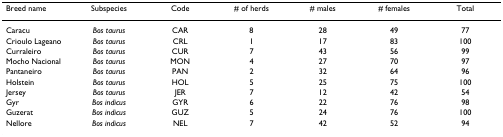
<table><thead><tr><td><b>Breed name</b></td><td><b>Subspecies</b></td><td><b>Code</b></td><td><b># of herds</b></td><td><b># males</b></td><td><b># females</b></td><td><b>Total</b></td></tr></thead><tbody><tr><td>Caracu</td><td><i>Bos taurus</i></td><td>CAR</td><td>8</td><td>28</td><td>49</td><td>77</td></tr><tr><td>Crioulo Lageano</td><td><i>Bos taurus</i></td><td>CRL</td><td>1</td><td>17</td><td>83</td><td>100</td></tr><tr><td>Curraleiro</td><td><i>Bos taurus</i></td><td>CUR</td><td>7</td><td>43</td><td>56</td><td>99</td></tr><tr><td>Mocho Nacional</td><td><i>Bos taurus</i></td><td>MON</td><td>4</td><td>27</td><td>70</td><td>97</td></tr><tr><td>Pantaneiro</td><td><i>Bos taurus</i></td><td>PAN</td><td>2</td><td>32</td><td>64</td><td>96</td></tr><tr><td>Holstein</td><td><i>Bos taurus</i></td><td>HOL</td><td>5</td><td>25</td><td>75</td><td>100</td></tr><tr><td>Jersey</td><td><i>Bos taurus</i></td><td>JER</td><td>7</td><td>12</td><td>42</td><td>54</td></tr><tr><td>Gyr</td><td><i>Bos indicus</i></td><td>GYR</td><td>6</td><td>22</td><td>76</td><td>98</td></tr><tr><td>Guzerat</td><td><i>Bos indicus</i></td><td>GUZ</td><td>5</td><td>24</td><td>76</td><td>100</td></tr><tr><td>Nellore</td><td><i>Bos indicus</i></td><td>NEL</td><td>7</td><td>42</td><td>52</td><td>94</td></tr></tbody></table>